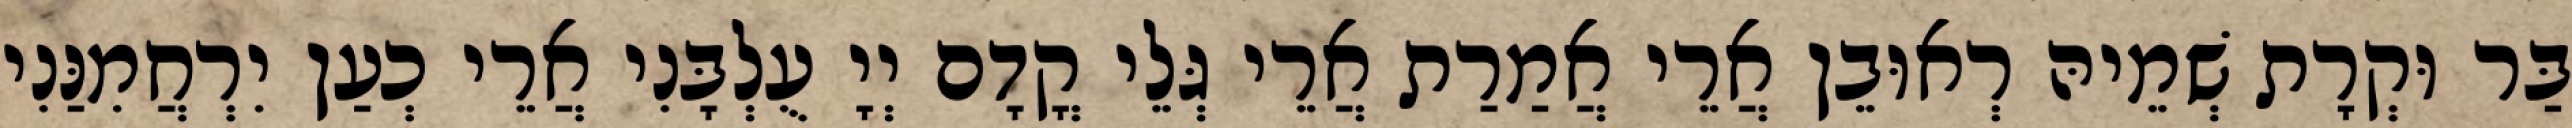
בַּר וּקְרָת שְׁמֵיהּ רְאוּבֵן אֲרֵי אֲמַרַת אֲרֵי גְּלֵי קֳדָם יְיָ עֻלְבָּנִי אֲרֵי כְעַן יִרְחֲמִנַּנִי